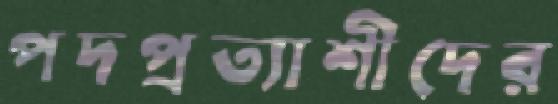
পদপ্রত্যাশীদের